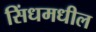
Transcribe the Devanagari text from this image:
सिंधमधील